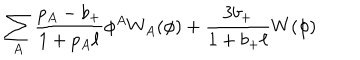
LaTeX: \sum _ { A } { \frac { p _ { A } - b _ { + } } { 1 + p _ { A } \ell } } \phi ^ { A } W _ { A } ( \phi ) + { \frac { 3 b _ { + } } { 1 + b _ { + } \ell } } W ( \phi )